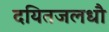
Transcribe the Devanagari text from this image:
दयितजलधौ